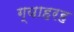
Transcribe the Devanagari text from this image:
ग्याहरह